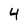
Character: 4